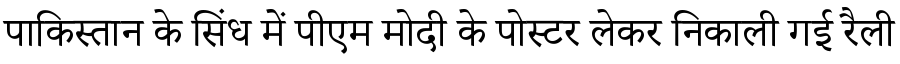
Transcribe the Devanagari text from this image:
पाकिस्तान के सिंध में पीएम मोदी के पोस्टर लेकर निकाली गई रैली